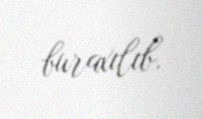
buraxılıb.